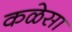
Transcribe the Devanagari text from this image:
कळेसा